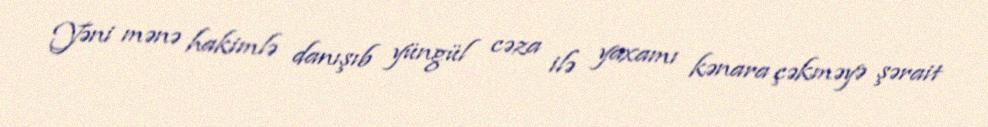
Yəni mənə hakimlə danışıb yüngül cəza ilə yaxamı kənara çəkməyə şərait